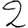
Digit: 2